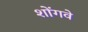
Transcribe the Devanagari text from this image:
शोंगवे